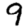
Digit: 9